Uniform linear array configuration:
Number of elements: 48
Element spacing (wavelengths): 0.5
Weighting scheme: uniform
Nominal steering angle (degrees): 45
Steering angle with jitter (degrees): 44.854
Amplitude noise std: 0.05
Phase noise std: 0.05

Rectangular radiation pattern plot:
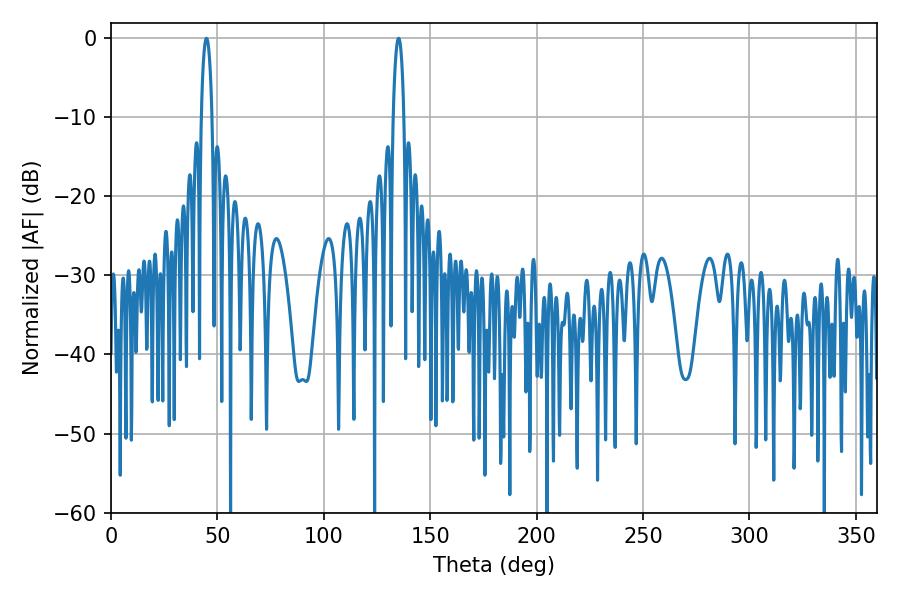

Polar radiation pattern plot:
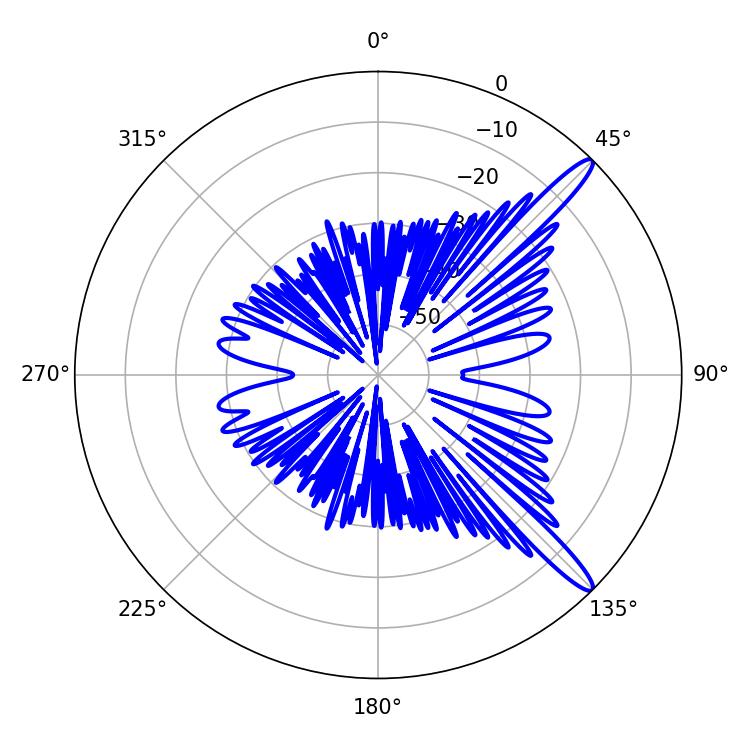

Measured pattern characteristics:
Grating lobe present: FALSE
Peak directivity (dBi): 13.861
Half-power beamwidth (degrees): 2.7
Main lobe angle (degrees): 44.82